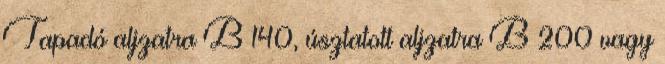
Tapadó aljzatra B 140, úsztatott aljzatra B 200 vagy